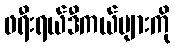
ဖရီးရယ်ဒီကယ်များကို